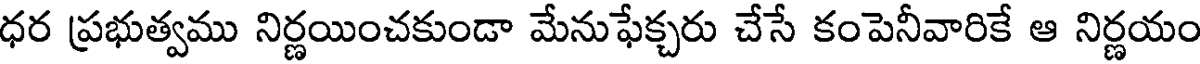
ధర ప్రభుత్వము నిర్ణయించకుండా మేనుఫేక్చరు చేసే కంపెనీవారికే ఆ నిర్ణయం